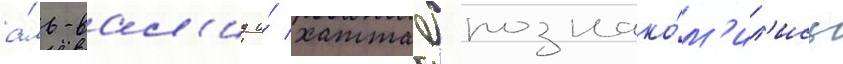
а́ль-вал'ид и́ хаттаб познако́м'ил'ись